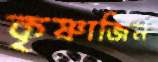
কৃষ্ণাজিন